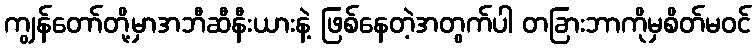
ကျွန်တော်တို့မှာအဘီဆီနီးယားနဲ့ ဖြစ်နေတဲ့အတွက်ပါ တခြားဘာကိုမှစိတ်မဝင်